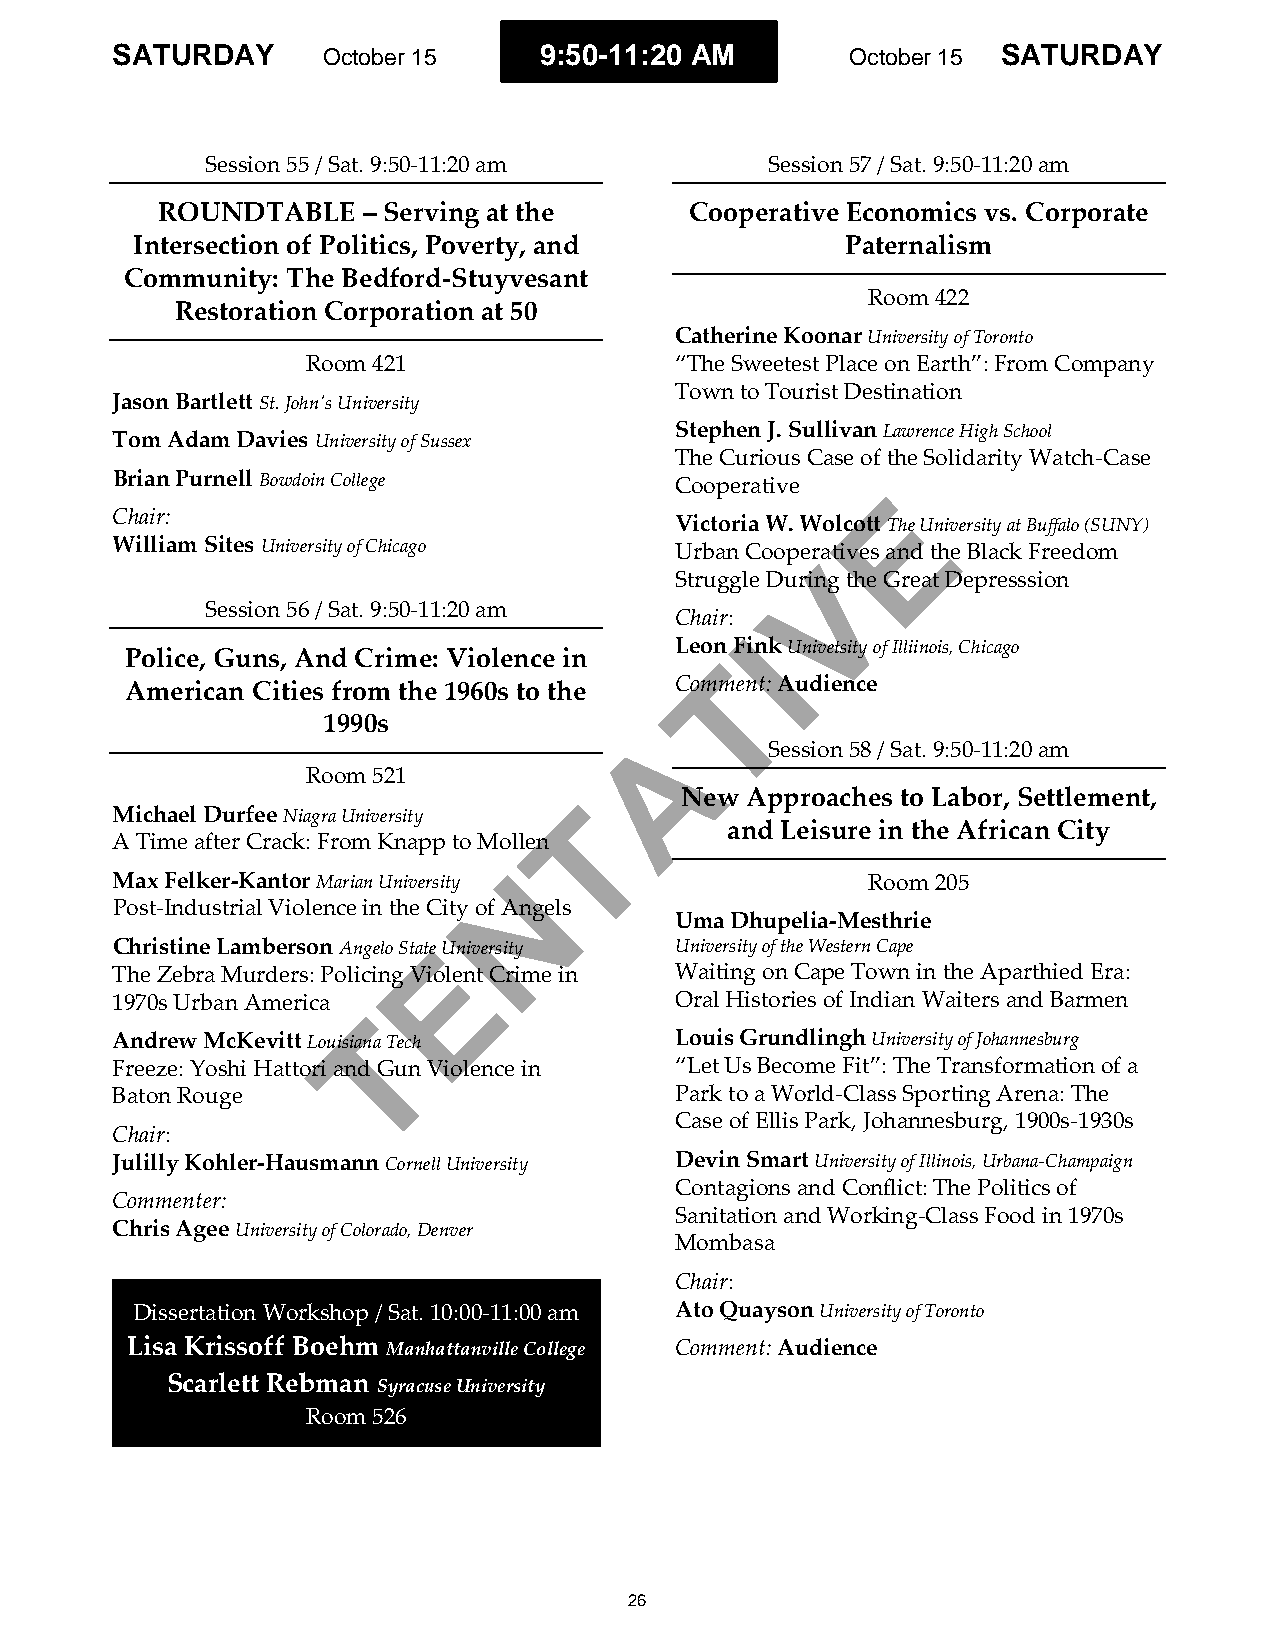
SATURDAY      October 15     9:50-11:20 AM       October 15 SATURDAY
 Session 55 / Sat. 9:50-11:20 am      Session 57 / Sat. 9:50-11:20 am
 ROUNDTABLE    – Serving at the      Cooperative Economics vs. Corporate
 Intersection of Politics, Poverty, and         Paternalism
 Community: The Bedford-Stuyvesant
 Room 422
 Restoration Corporation at 50
 Catherine Koonar University of Toronto
 Room 421                 “The Sweetest Place on Earth”: From Company
 Town to Tourist Destination
 Jason Bartlett St. John's University
 Stephen J. Sullivan Lawrence High School
 Tom Adam Davies University of Sussex
 The Curious Case of the Solidarity Watch-Case
 Brian Purnell Bowdoin College         Cooperative   E
 Chair:
 Victoria W. Wolcott The University at Buffalo (SUNY)
 William Sites University of Chicago   Urban Cooperatives and the Black Freedom
 V
 Struggle During the Great Depresssion
 Session 56 / Sat. 9:50-11:20 am
 Chair:
 I
 Leon Fink Univetsity of Illiinois, Chicago
 Police, Guns, And Crime: Violence in
 T
 American Cities from the 1960s to the Comment: Audience
 1990s                 A
 Session 58 / Sat. 9:50-11:20 am
 Room 521
 New Approaches to Labor, Settlement,
 T
 Michael Durfee Niagra University
 and Leisure in the African City
 A Time after Crack: From Knapp to Mollen
 N
 Max Felker-Kantor Marian University               Room 205
 Post-Industrial Violence in the City of Angels
 Uma Dhupelia-Mesthrie
 Christine Lamberson Angelo StateE University University of the Western Cape
 The Zebra Murders: Policing Violent Crime in Waiting on Cape Town in the Aparthied Era:
 1970s Urban America                   Oral Histories of Indian Waiters and Barmen
 T
 Andrew McKevitt Louisiana Tech        Louis Grundlingh University of Johannesburg
 Freeze: Yoshi Hattori and Gun Violence in “Let Us Become Fit”: The Transformation of a
 Baton Rouge                           Park to a World-Class Sporting Arena: The
 Case of Ellis Park, Johannesburg, 1900s-1930s
 Chair:
 Julilly Kohler-Hausmann Cornell University Devin Smart University of Illinois, Urbana-Champaign
 Contagions and Conflict: The Politics of
 Commenter:
 Sanitation and Working-Class Food in 1970s
 Chris Agee University of Colorado, Denver
 Mombasa
 Chair:
 Dissertation Workshop / Sat. 10:00-11:00 am Ato Quayson University of Toronto
 Lisa Krissoff Boehm Manhattanville College Comment: Audience
 Scarlett Rebman Syracuse University
 Room 526
 26